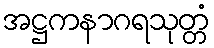
အဋ္ဌကနာဂရသုတ္တံ